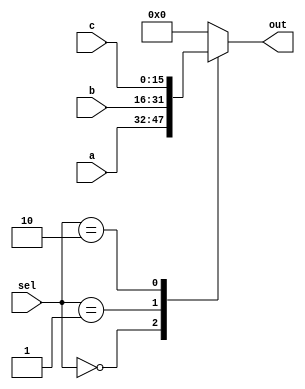
/*
   This file was generated automatically by the Mojo IDE version B1.3.6.
   Do not edit this file directly. Instead edit the original Lucid source.
   This is a temporary file and any changes made to it will be destroyed.
*/

module mux_3_27 (
    input [15:0] a,
    input [15:0] b,
    input [15:0] c,
    input [1:0] sel,
    output reg [15:0] out
  );
  
  
  
  always @* begin
    
    case (sel)
      2'h0: begin
        out = a;
      end
      2'h1: begin
        out = b;
      end
      2'h2: begin
        out = c;
      end
      default: begin
        out = 16'h0000;
      end
    endcase
  end
endmodule